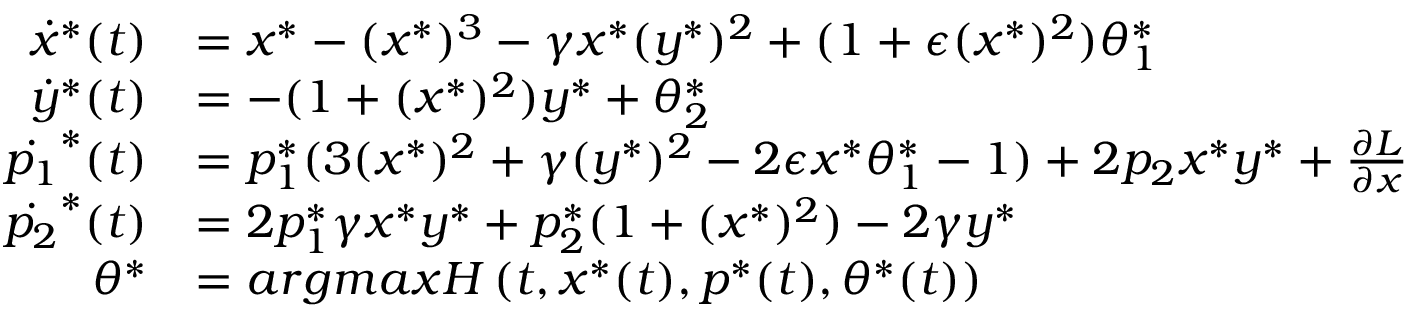
\begin{array} { r l } { \dot { x } ^ { * } ( t ) } & { = x ^ { * } - ( x ^ { * } ) ^ { 3 } - \gamma x ^ { * } ( y ^ { * } ) ^ { 2 } + ( 1 + \epsilon ( x ^ { * } ) ^ { 2 } ) \theta _ { 1 } ^ { * } } \\ { \dot { y } ^ { * } ( t ) } & { = - ( 1 + ( x ^ { * } ) ^ { 2 } ) y ^ { * } + \theta _ { 2 } ^ { * } } \\ { \dot { p _ { 1 } } ^ { * } ( t ) } & { = p _ { 1 } ^ { * } ( 3 ( x ^ { * } ) ^ { 2 } + \gamma ( y ^ { * } ) ^ { 2 } - 2 \epsilon x ^ { * } \theta _ { 1 } ^ { * } - 1 ) + 2 p _ { 2 } x ^ { * } y ^ { * } + \frac { \partial { L } } { \partial { x } } } \\ { \dot { p _ { 2 } } ^ { * } ( t ) } & { = 2 p _ { 1 } ^ { * } \gamma x ^ { * } y ^ { * } + p _ { 2 } ^ { * } ( 1 + ( x ^ { * } ) ^ { 2 } ) - 2 \gamma y ^ { * } } \\ { \theta ^ { * } } & { = a r g m a x H \left( t , x ^ { * } ( t ) , p ^ { * } ( t ) , \theta ^ { * } ( t ) \right) } \end{array}